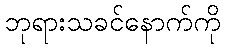
ဘုရားသခင်နောက်ကို